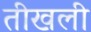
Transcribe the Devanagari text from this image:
तीखली